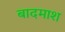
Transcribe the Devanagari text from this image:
बादमाश